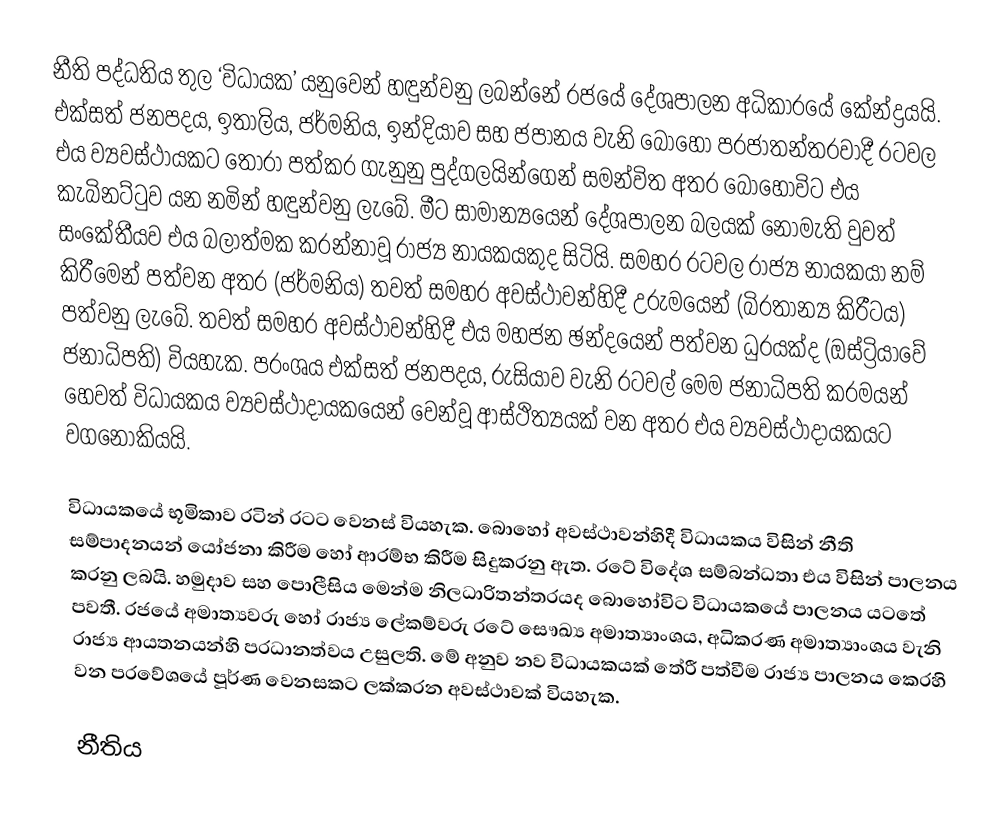
නීති පද්ධතිය තුල ‘විධායක’ යනුවෙන් හඳුන්වනු ලබන්නේ රජයේ දේශපාලන අධිකාරයේ කේන්ද්‍රයයි. එක්සත් ජනපදය, ඉතාලිය, ජර්මනිය, ඉන්දියාව සහ ජපානය වැනි බොහෝ ප‍්‍රජාතන්ත‍්‍රවාදී රටවල එය ව්‍යවස්ථායකට තෝරා පත්කර ගැනුනු පුද්ගලයින්ගෙන් සමන්විත අතර බොහෝවිට එය කැබිනට්ටුව යන නමින් හඳුන්වනු ලැබේ. මීට සාමාන්‍යයෙන් දේශපාලන බලයක් නොමැති වුවත් සංකේතීයව එය බලාත්මක කරන්නාවූ රාජ්‍ය නායකයකුද සිටියි. සමහර රටවල රාජ්‍ය නායකයා නම් කිරීමෙන් පත්වන අතර (ජර්මනිය) තවත් සමහර අවස්ථාවන්හිදී උරුමයෙන් (බි‍්‍රතාන්‍ය කිරීටය) පත්වනු ලැබේ. තවත් සමහර අවස්ථාවන්හිදී එය මහජන ඡන්දයෙන් පත්වන ධුරයක්ද (ඔස්ට්‍රියාවේ ජනාධිපති) වියහැක. ප‍්‍රංශය එක්සත් ජනපදය, රුසියාව වැනි රටවල් මෙම ජනාධිපති ක‍්‍රමයන් හෙවත් විධායකය ව්‍යවස්ථාදායකයෙන් වෙන්වූ ආස්ථිත්‍යයක් වන අතර එය ව්‍යවස්ථාදායකයට වගනොකියයි.

විධායකයේ භූමිකාව රටින් රටට වෙනස් වියහැක. බොහෝ අවස්ථාවන්හිදී විධායකය විසින් නීති සම්පාදනයන් යෝජනා කිරීම හෝ ආරම්භ කිරීම සිදුකරනු ඇත. රටේ විදේශ සම්බන්ධතා එය විසින් පාලනය කරනු ලබයි. හමුදාව සහ පොලීසිය මෙන්ම නිලධාරිතන්ත‍්‍රයද බොහෝවිට විධායකයේ පාලනය යටතේ පවතී. රජයේ අමාත්‍යවරු හෝ රාජ්‍ය ලේකම්වරු රටේ සෞඛ්‍ය අමාත්‍යාංශය, අධිකරණ අමාත්‍යාංශය වැනි රාජ්‍ය ආයතනයන්හි ප‍්‍රධානත්වය උසුලති. මේ අනුව නව විධායකයක් තේරී පත්වීම රාජ්‍ය පාලනය කෙරහි වන ප‍්‍රවේශයේ පූර්ණ වෙනසකට ලක්කරන අවස්ථාවක් වියහැක.

නීතිය